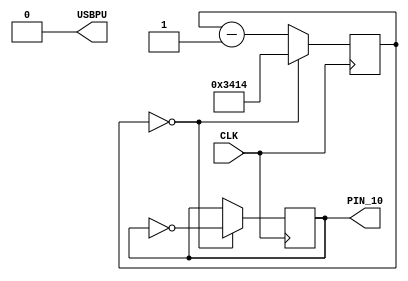
module music (
  input CLK,
  output PIN_10,
  output USBPU  // USB pull-up resistor
  );

parameter frequency = 600;
parameter clkdivider = 16000000/frequency/2;

// drive USB pull-up resistor to '0' to disable USB
assign USBPU = 0;

reg [14:0] music_counter;
always @(posedge CLK) begin
  if (music_counter==0) music_counter <= clkdivider-1;
  else music_counter <= music_counter-1;
end

reg PIN_10;
always @ (posedge CLK) begin
  if (music_counter == 0) PIN_10 <= ~PIN_10;
end


endmodule